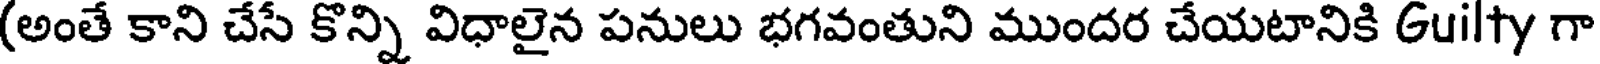
(అంతే కాని చేసే కొన్ని విధాలైన పనులు భగవంతుని ముందర చేయటానికి Guilty గా